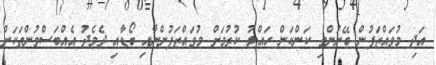
އަދި މުވައްޒަފުން ބޭނުންވި ކަންކަން ހައްލު ކުރުމަށް މުވައްޒަފުންނާއި ބޯޑާއި ދެމެދު އެއްބަސްވުންތަކަށް